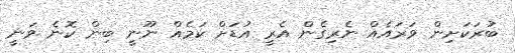
ބުރަކަށިން ވަރައެއް ނެރިގެން އެރީ އުޑަށް ކަމެއް ނޫނީ ބިން ކޮނެ ވަނީ